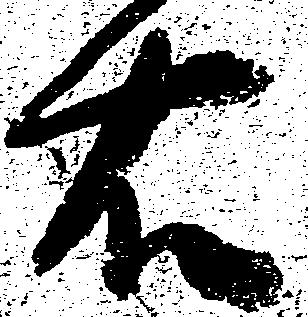
右